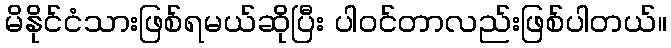
မိနိုင်ငံသားဖြစ်ရမယ်ဆိုပြီး ပါဝင်တာလည်းဖြစ်ပါတယ်။